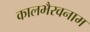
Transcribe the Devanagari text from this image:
कालभैरवनाम